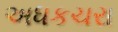
અધકચરા